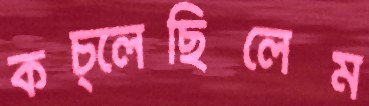
কচ্‌লেছিলেম